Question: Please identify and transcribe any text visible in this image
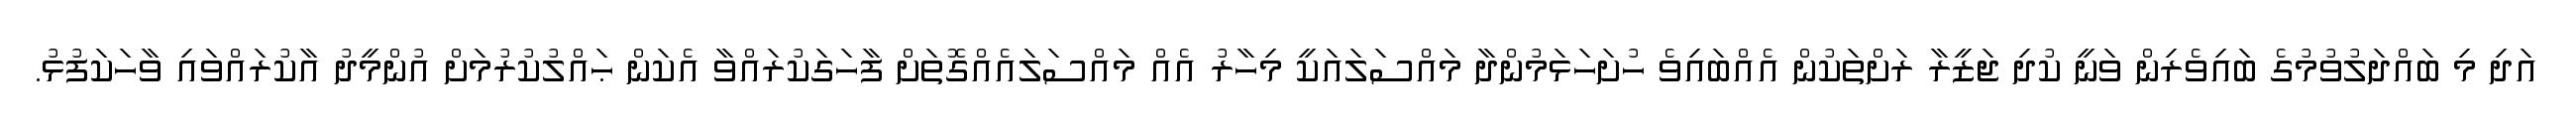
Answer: އަދި މި ބައްދަލުވުމުގެ ބައިވެރިން ވަނީ ކުދި ޖަޒީރާ ރަށްތަކުން އެއްބައިވެ ހުށަހަޅަމުންދާ މައްސަލައަކީ މިހާރު އެއް މައްސަލައެއްގޮތަށް ފާހަގަކުރައްވާ އެކަން ޙައްލުކުރުމަށް އުންމީދު އާކުރައްވައި ވާހަކަފުޅު.